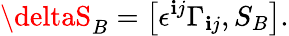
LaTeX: \deltaS_{B}=\left[\epsilon^{\mathbf{i}j}\Gamma_{\mathbf{i}j},S_{B}\right].